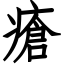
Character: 瘡